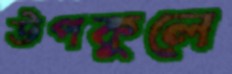
উপকুলে